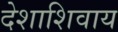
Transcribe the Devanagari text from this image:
देशाशिवाय